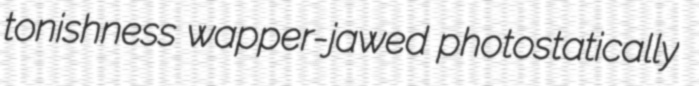
tonishness wapper-jawed photostatically